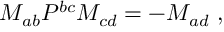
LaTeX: M _ { a b } { \cal P } ^ { b c } M _ { c d } = - M _ { a d } ~ ,